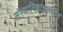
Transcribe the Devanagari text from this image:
संस्थानिकांच्यावरील